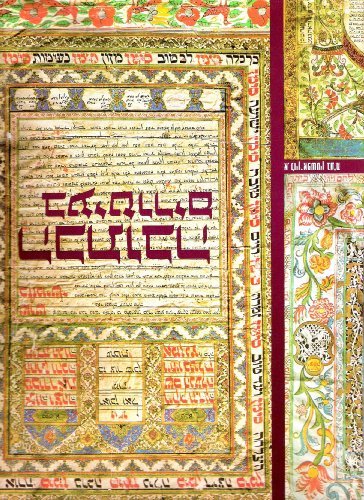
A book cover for The Ketuba: Jewish Marriage Contracts Through the Ages; David Davidovitch; Arts & Photography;